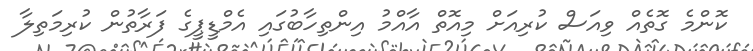
ކޮންމެ ގޮތެއް ވިއަސް ކުރިއަށް މިއޮތް އާއްމު އިންތިހާބުގައި އެމްޑީޕީގެ ފަރާތުން ކުރިމަތިލާ